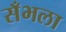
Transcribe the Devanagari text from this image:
सँभला